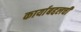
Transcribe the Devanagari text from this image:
कार्याबद्दलची